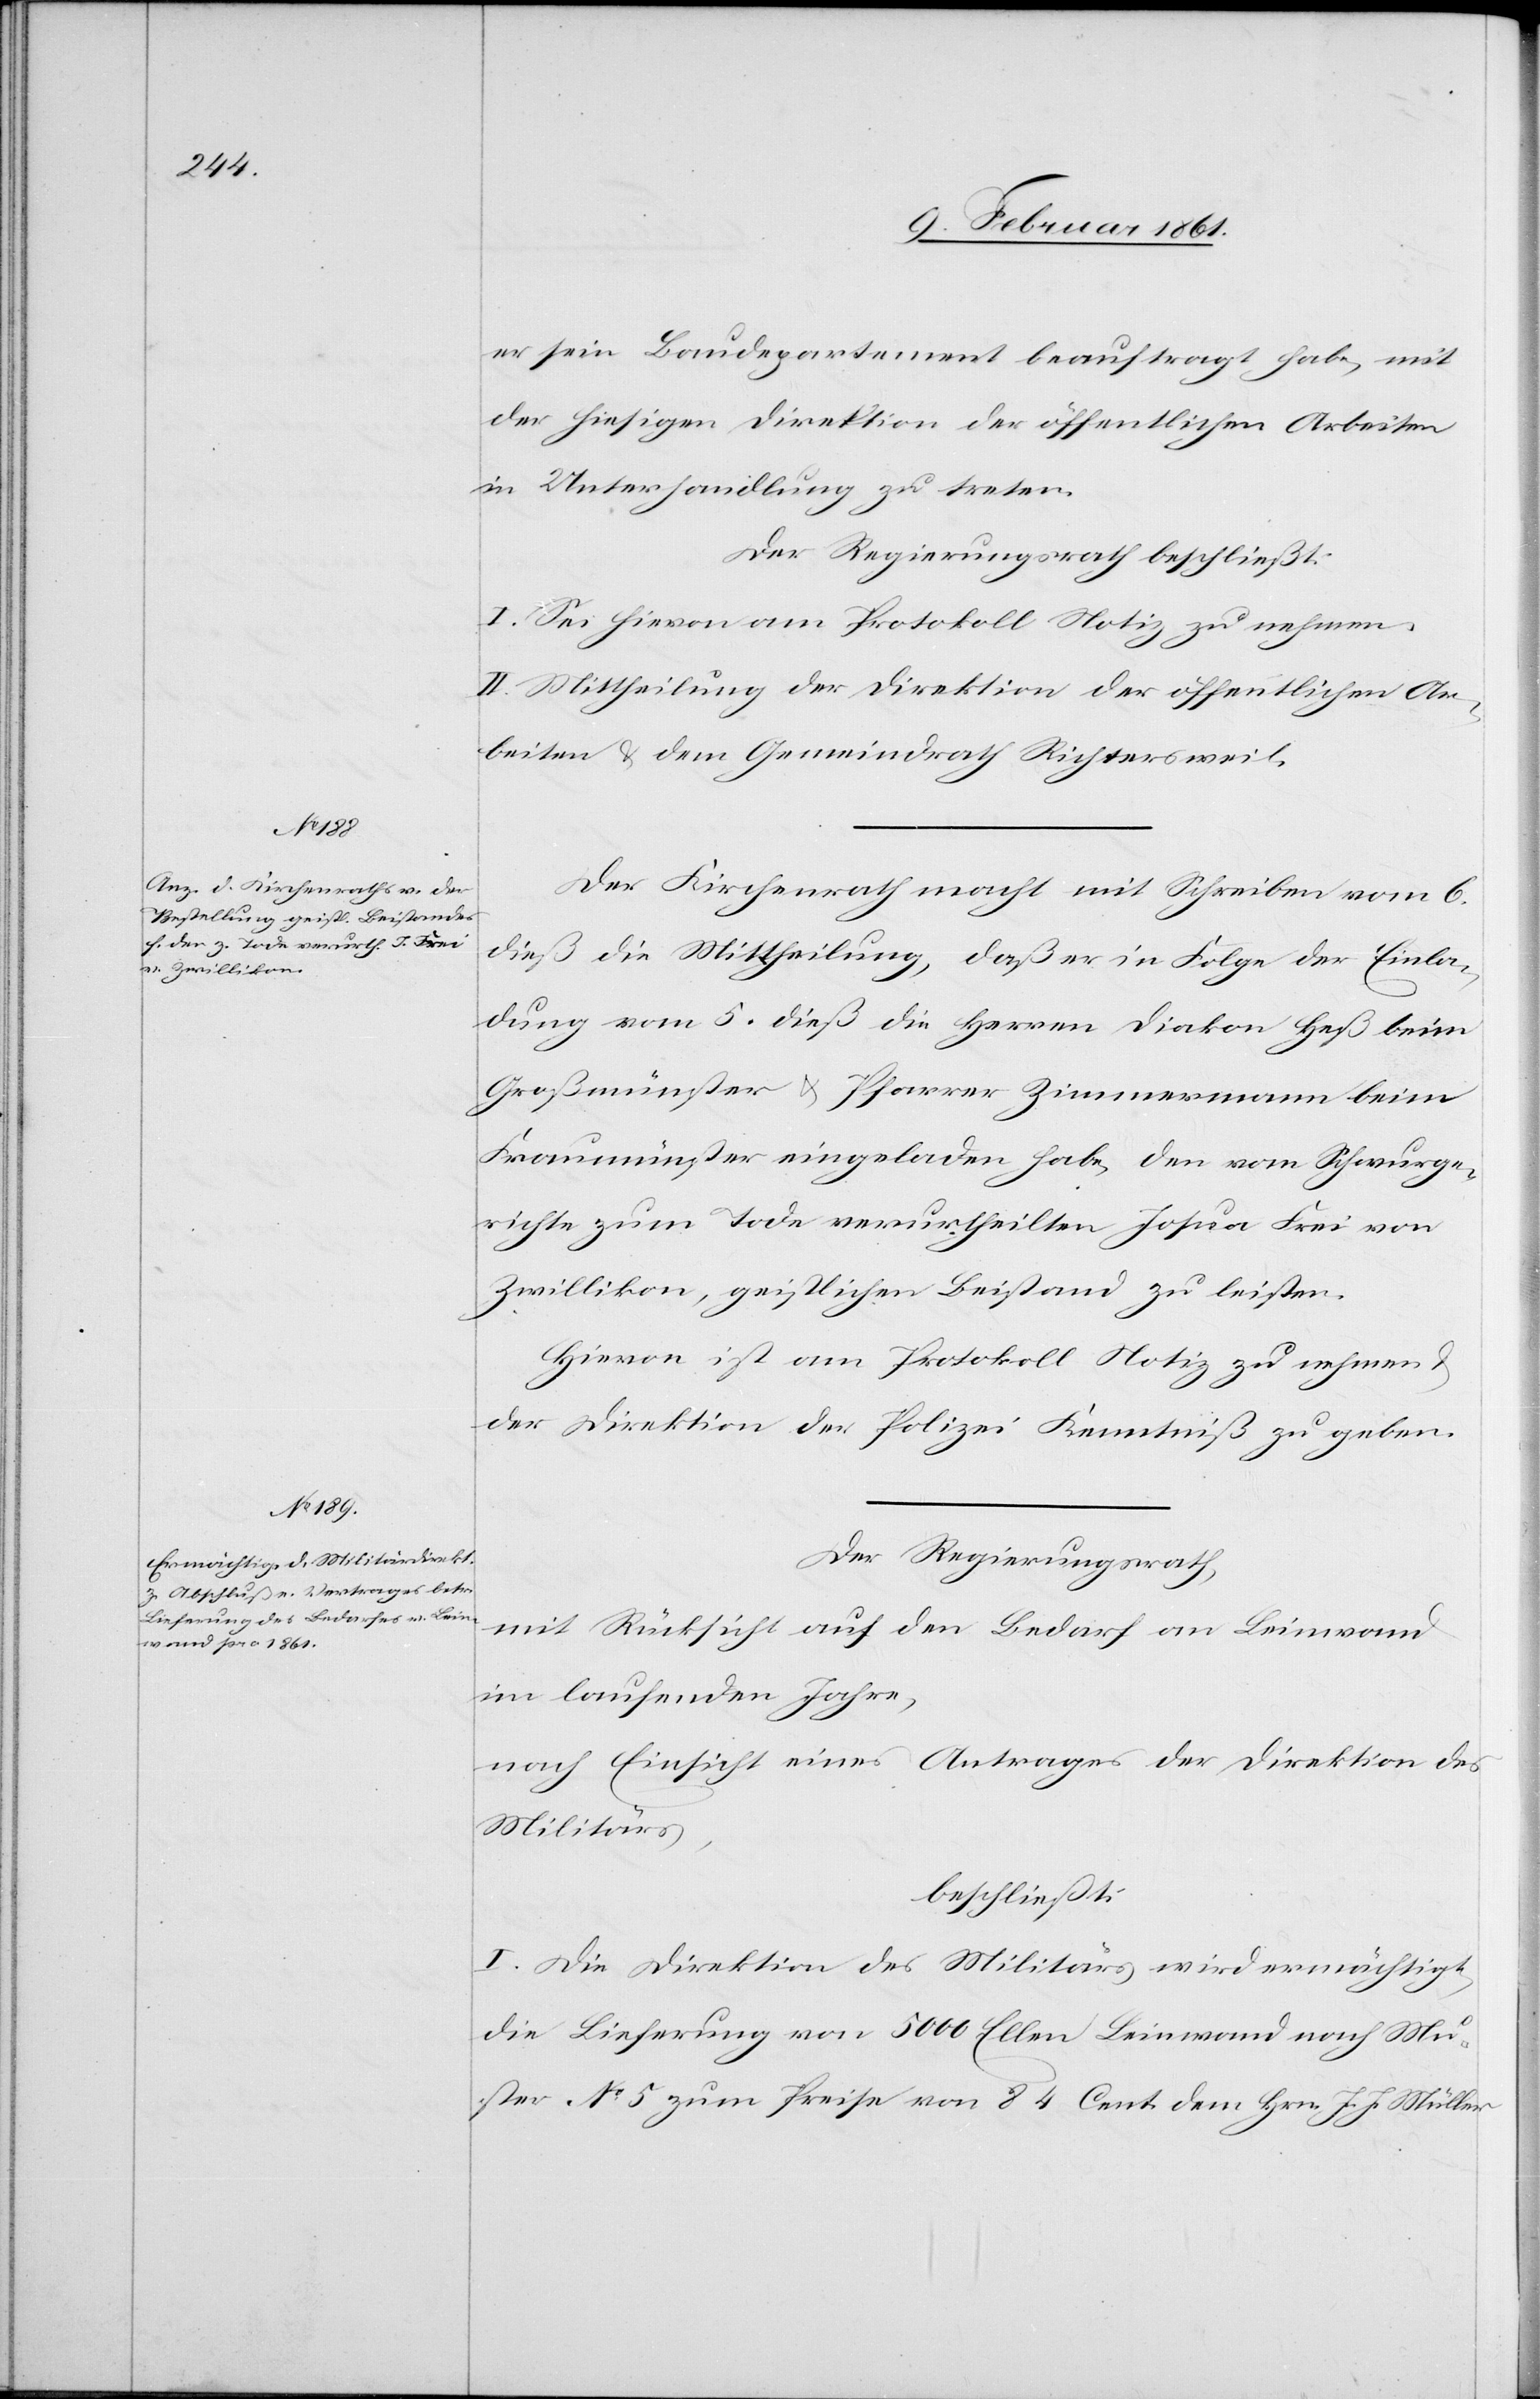
er sein Baudepartement beauftragt habe, mit
der hiesigen Direktion der öffentlichen Arbeiten
in Unterhandlung zu treten.
Der Regierungsrath beschließt:
I. Sei hievon am Protokoll Notiz zu nehmen.
II. Mittheilung der Direktion der öffentlichen Ar¬
beiten u. dem Gemeindrath Richtersweil.
Der Kirchenrath macht mit Schreiben vom 6.
dieß die Mittheilung, daß er in Folge der Einla¬
dung vom 5. dieß die Herren Diakon Heß beim
Großmünster u. Pfarrer Zimmermann beim
Fraumünster eingeladen habe, den vom Schwurge¬
richte zum Tode verurtheilten Josua Frei von
Zwillikon, geistlichen Beistand zu leisten.
Hievon ist am Protokoll Notiz zu nehmen
der Direktion der Polizei Kenntniß zu geben.
Der Regierungsrath,
mit Rücksicht auf den Bedarf an Leinwand
im laufenden Jahre,
nach Einsicht eines Antrages der Direktion des
Militärs,
beschließt:
I. Die Direktion des Militärs wird ermächtigt,
die Lieferung von 5000 Ellen Leinwand nach Mu¬
ster No 5 zum Preise von 84 Cent dem Hrn. J. J. Müller